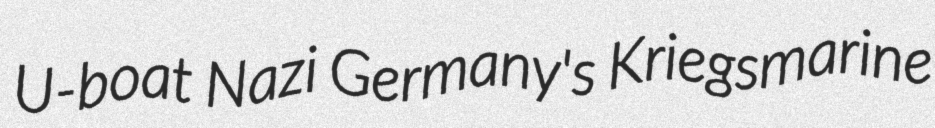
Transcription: U-boat Nazi Germany's Kriegsmarine